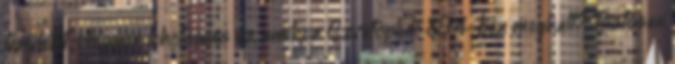
területet. Hogyan lehetséges ez, amikor Szvatopluk 894-ben meghalt? Biztosan